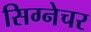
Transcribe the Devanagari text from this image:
सिग्‍नेचर